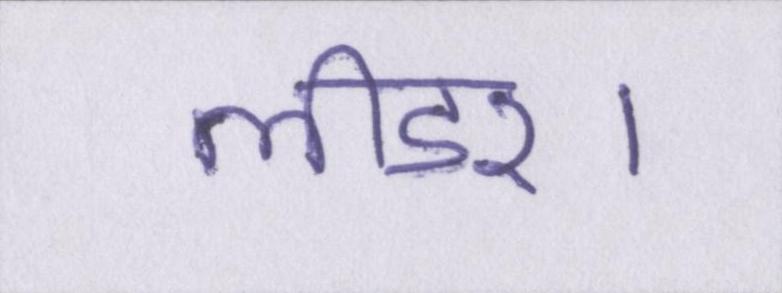
लीडर।